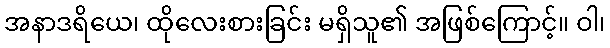
အနာဒရိယေ၊ ထိုလေးစားခြင်း မရှိသူ၏ အဖြစ်ကြောင့်။ ဝါ၊